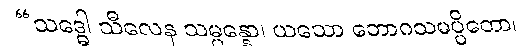
“သဒ္ဓေါ သီလေန သမ္ပန္နော၊ ယသော ဘောဂသမပ္ပိတော၊